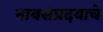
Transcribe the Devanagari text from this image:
नाथसंप्रदयाचे